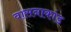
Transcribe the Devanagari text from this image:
वासनाकांड